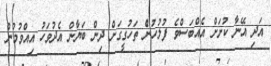
އަދި އޭނާ ކުށަށް އެއްބަސްވެ ފުލުހުންެ ތަހުގީގަށް ދިން ބަޔާން އެދުވަހު އިއްވުމުން